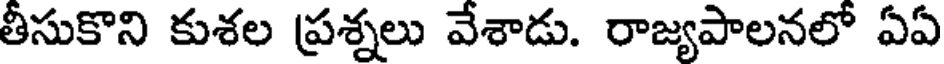
తీసుకొని కుశల ప్రశ్నలు వేశాడు. రాజ్యపాలనలో ఏఏ